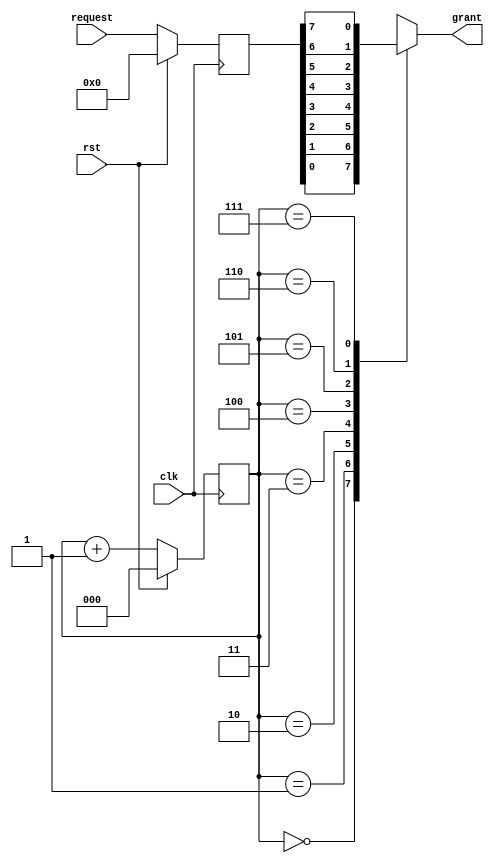
module RoundRobinArbiter (
    input wire clk,
    input wire rst,
    input wire [7:0] request,
    output wire grant
);

reg [2:0] counter;
reg [7:0] priority;
wire [7:0] request_sync;

// Synchronization block
always @(posedge clk) begin
    if (rst) begin
        request_sync <= 8'b0;
    end else begin
        request_sync <= request;
    end
end

// Round-robin scheduling logic
always @(posedge clk) begin
    if (rst) begin
        counter <= 3'b0;
    end else begin
        counter <= counter + 1;
    end
end

// Priority determination logic
always @(*) begin
    case (counter)
        3'b000: priority = request_sync[0];
        3'b001: priority = request_sync[1];
        3'b010: priority = request_sync[2];
        3'b011: priority = request_sync[3];
        3'b100: priority = request_sync[4];
        3'b101: priority = request_sync[5];
        3'b110: priority = request_sync[6];
        3'b111: priority = request_sync[7];
    endcase
end

assign grant = priority;

endmodule